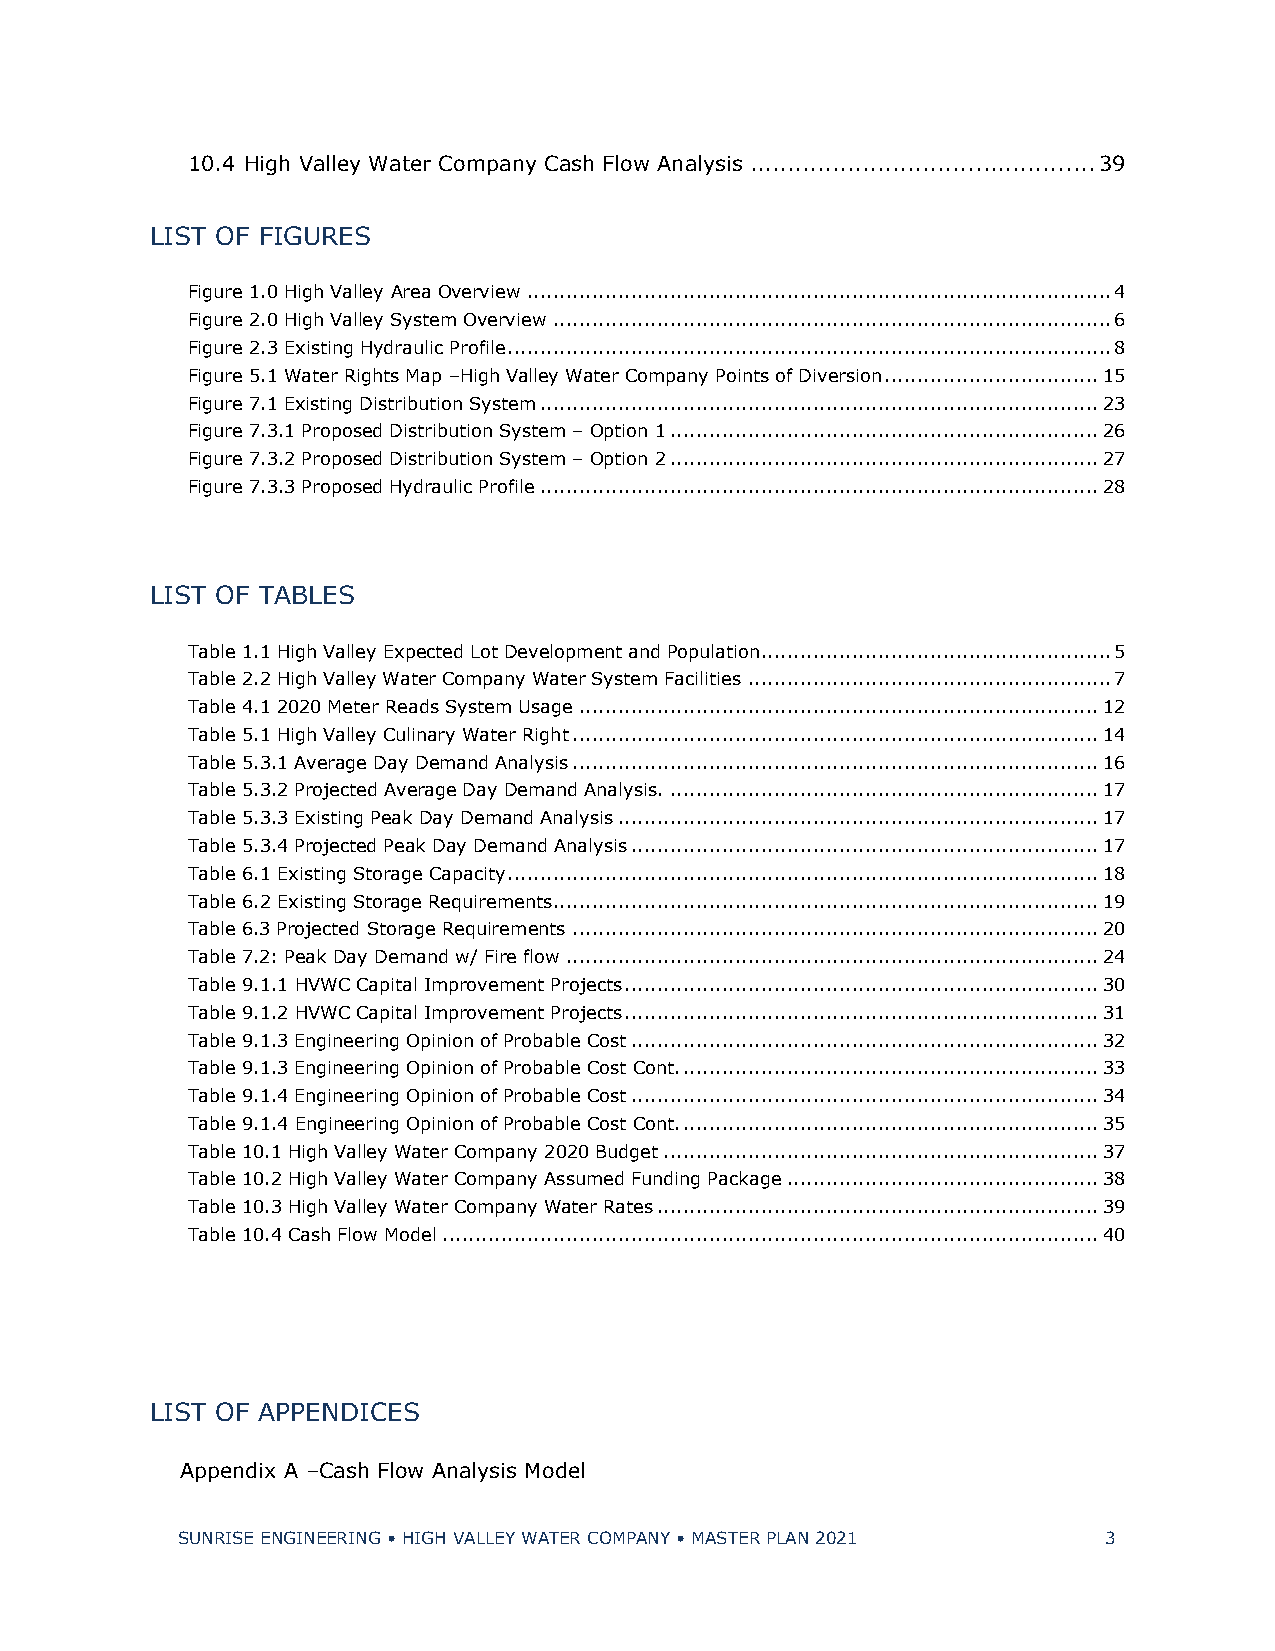
10.4 High Valley Water Company Cash Flow Analysis .............................................. 39
 LIST OF FIGURES
 Figure 1.0 High Valley Area Overview .......................................................................................... 4
 Figure 2.0 High Valley System Overview ...................................................................................... 6
 Figure 2.3 Existing Hydraulic Profile ............................................................................................. 8
 Figure 5.1 Water Rights Map –High Valley Water Company Points of Diversion ................................. 15
 Figure 7.1 Existing Distribution System ...................................................................................... 23
 Figure 7.3.1 Proposed Distribution System – Option 1 .................................................................. 26
 Figure 7.3.2 Proposed Distribution System – Option 2 .................................................................. 27
 Figure 7.3.3 Proposed Hydraulic Profile ...................................................................................... 28
 LIST OF TABLES
 Table 1.1 High Valley Expected Lot Development and Population...................................................... 5
 Table 2.2 High Valley Water Company Water System Facilities ........................................................ 7
 Table 4.1 2020 Meter Reads System Usage ................................................................................ 12
 Table 5.1 High Valley Culinary Water Right ................................................................................. 14
 Table 5.3.1 Average Day Demand Analysis ................................................................................. 16
 Table 5.3.2 Projected Average Day Demand Analysis. .................................................................. 17
 Table 5.3.3 Existing Peak Day Demand Analysis .......................................................................... 17
 Table 5.3.4 Projected Peak Day Demand Analysis ........................................................................ 17
 Table 6.1 Existing Storage Capacity ........................................................................................... 18
 Table 6.2 Existing Storage Requirements .................................................................................... 19
 Table 6.3 Projected Storage Requirements ................................................................................. 20
 Table 7.2: Peak Day Demand w/ Fire flow .................................................................................. 24
 Table 9.1.1 HVWC Capital Improvement Projects ......................................................................... 30
 Table 9.1.2 HVWC Capital Improvement Projects ......................................................................... 31
 Table 9.1.3 Engineering Opinion of Probable Cost ........................................................................ 32
 Table 9.1.3 Engineering Opinion of Probable Cost Cont. ................................................................ 33
 Table 9.1.4 Engineering Opinion of Probable Cost ........................................................................ 34
 Table 9.1.4 Engineering Opinion of Probable Cost Cont. ................................................................ 35
 Table 10.1 High Valley Water Company 2020 Budget ................................................................... 37
 Table 10.2 High Valley Water Company Assumed Funding Package ................................................ 38
 Table 10.3 High Valley Water Company Water Rates .................................................................... 39
 Table 10.4 Cash Flow Model ..................................................................................................... 40
 LIST OF APPENDICES
 Appendix A –Cash Flow Analysis Model
 SUNRISE ENGINEERING • HIGH VALLEY WATER COMPANY • MASTER PLAN 2021 3